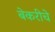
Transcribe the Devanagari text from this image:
बेकरीचे